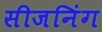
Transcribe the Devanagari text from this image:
सीजनिंग